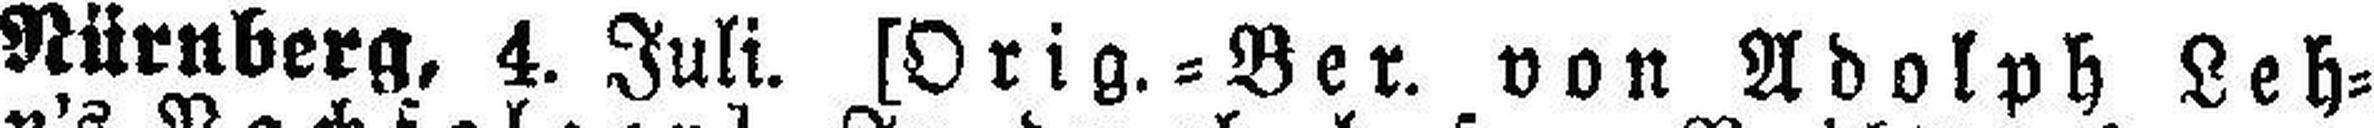
Nürnberg, 4. Juli. [Orig.=Ber. von Adolph Leh¬